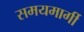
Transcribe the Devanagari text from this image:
समयमार्गी